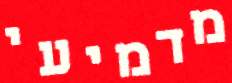
מדמיעי